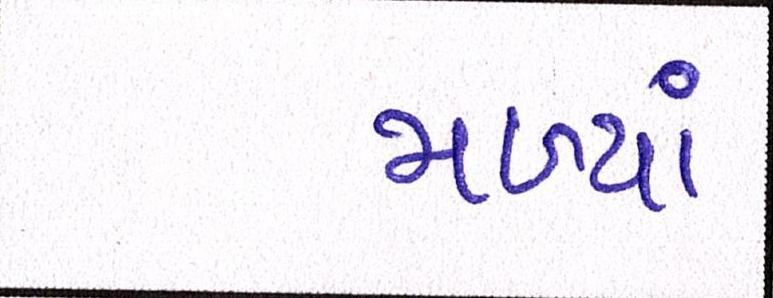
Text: મળ્યાં